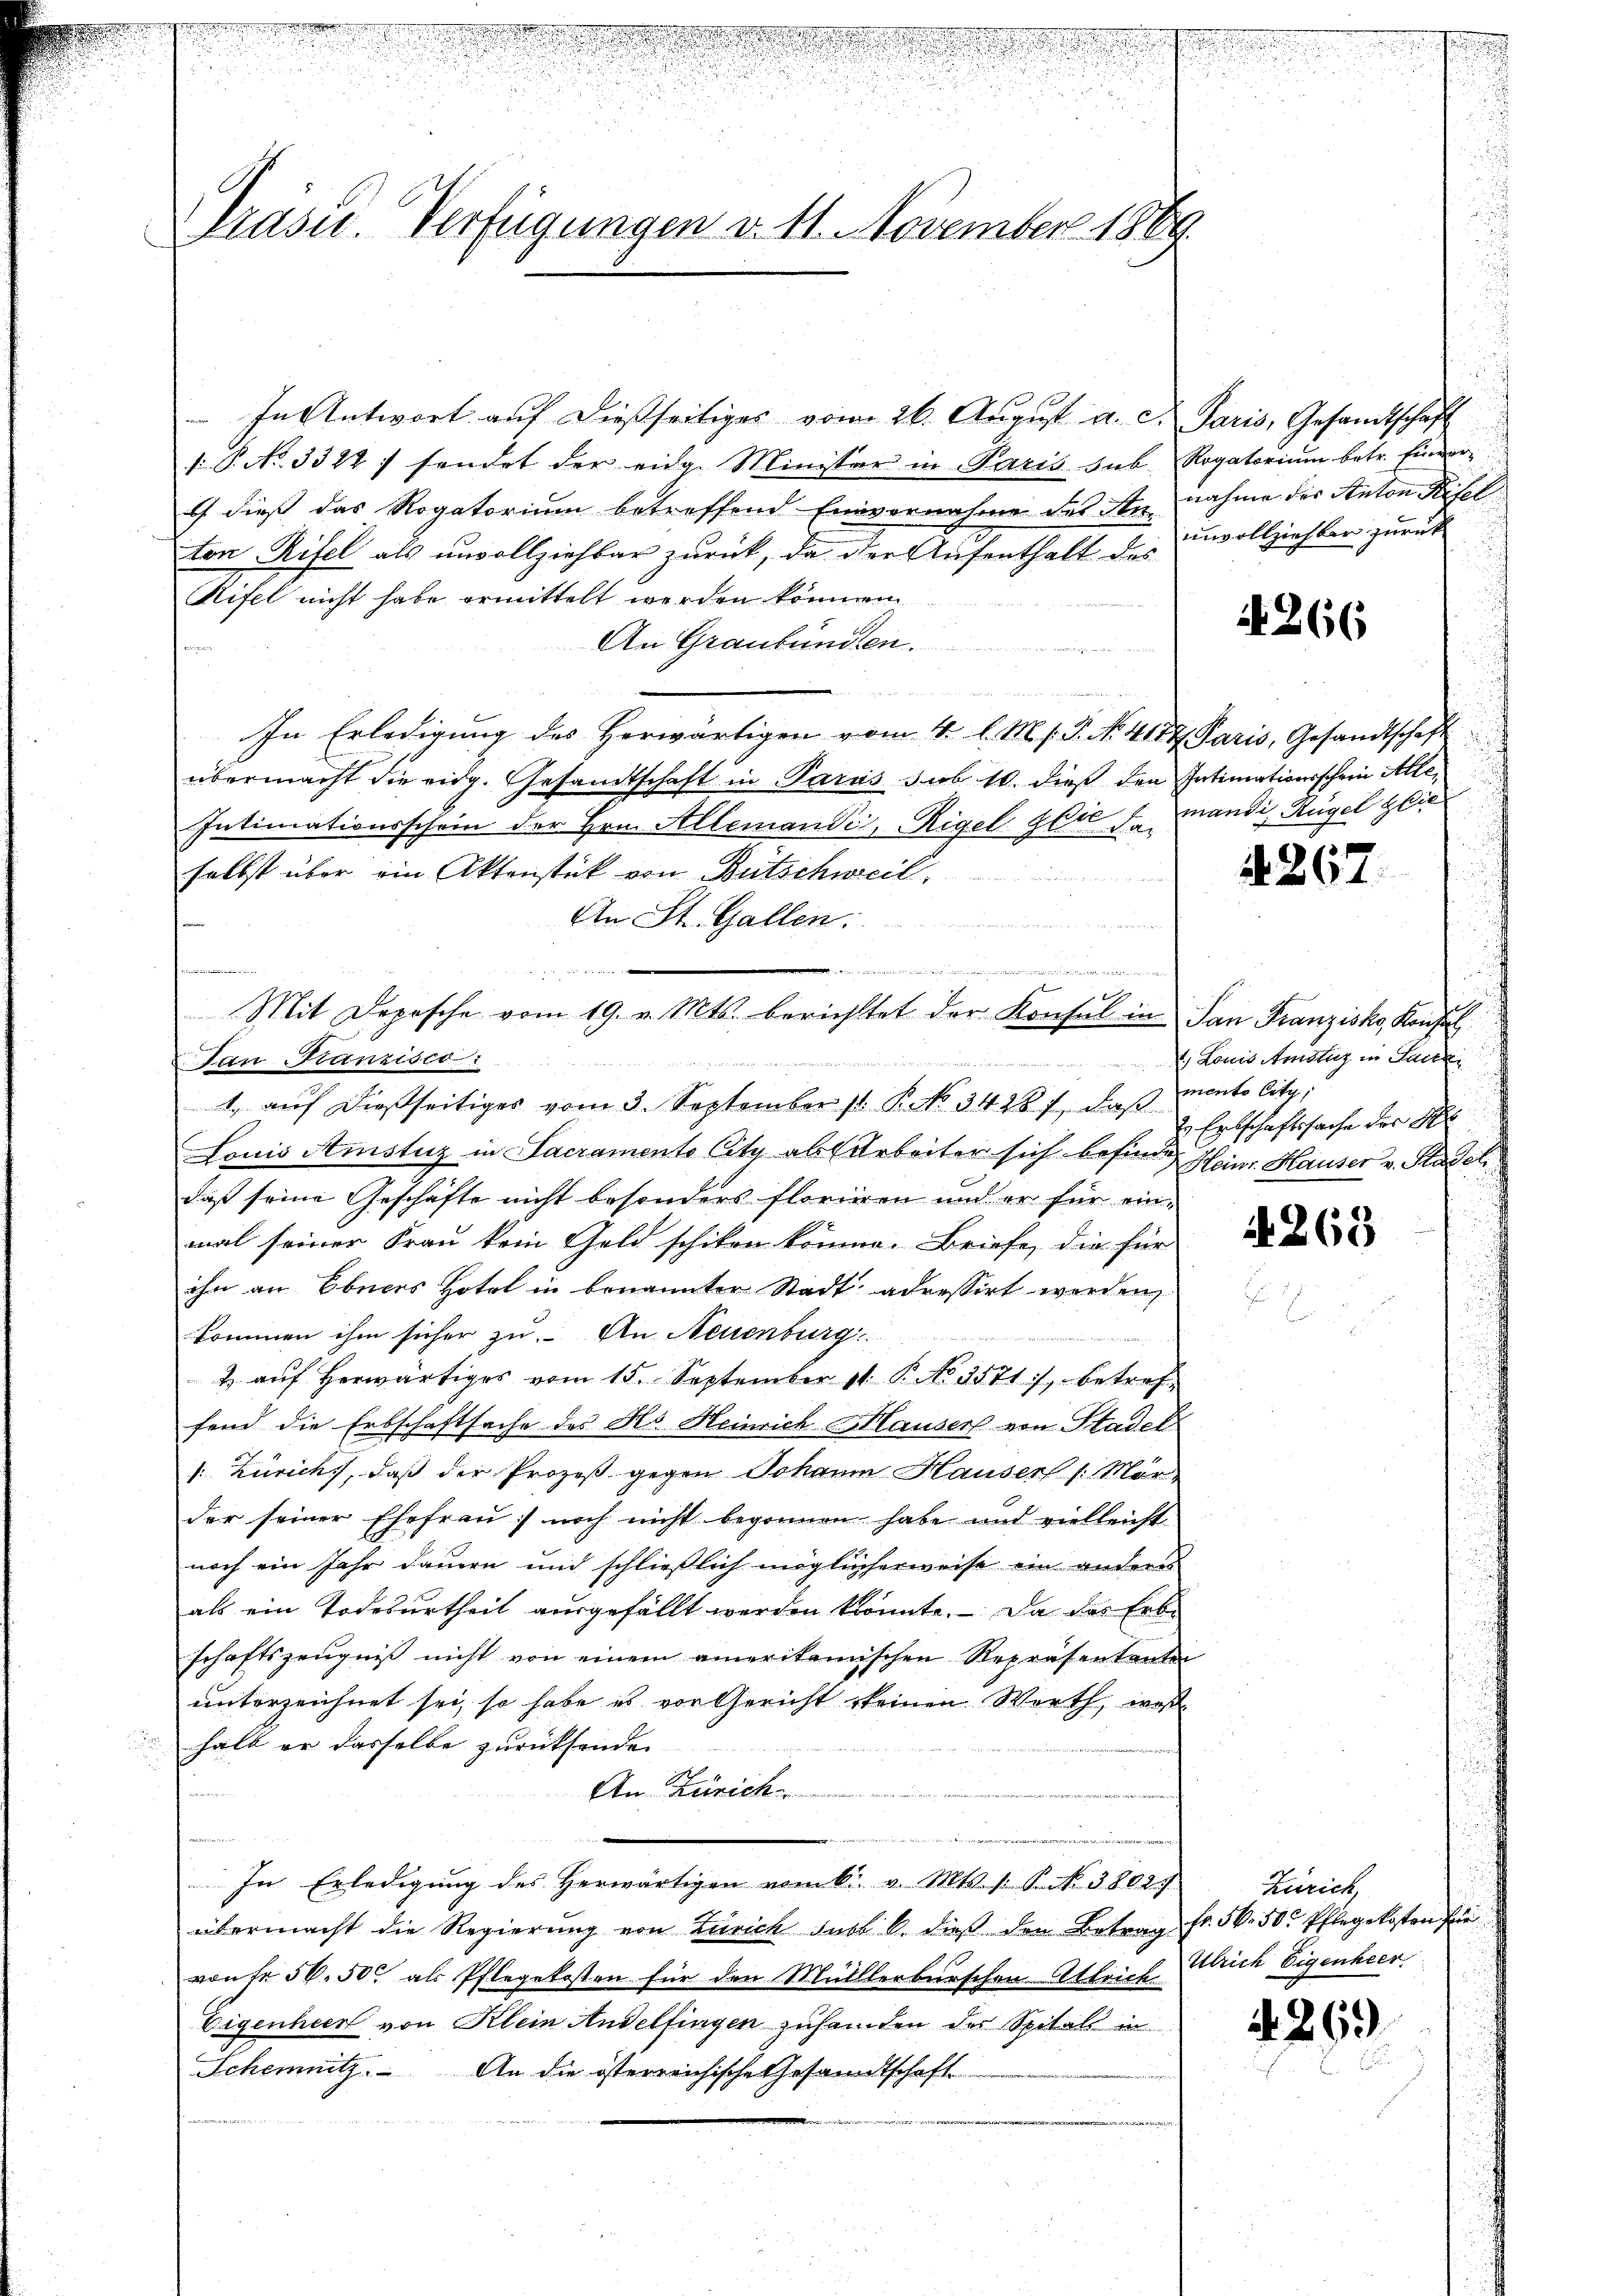
Präsid. Verfügungen v. 11. November 1889.

In Antwort auf dießseitiges vom 26. August a. c. Paris, Gesamtschaft
1 P. No. 3322; sendet der eidg. Minister in Paris sub Rogatorium betr. Einverc dieß das Rogatorium betreffend Einvernahme des Annahme des Anton Kisel
ton Rifel als unvollziehbar zurück, da der Aufenthalt des unvollziehbar zurück
Rifel nicht habe ermittelt werden können
An Graubünden.
det siche Berechen den an den ein
In Erledigung des Herwärtigen vom 4. l. M. s. P. N. 4187 Paris, Gesandtschaft
übermacht die eidg. Gesandtschaft in Parus sub 10. dieß den Intimationsschrei Alle,
Intimationsschein der Hrn. Allemandi, Rigel. Die mandi, Rügel Glie
selbst über ein Aktenstück von Bütschweil,
An St. Gallen:
a
K
San Franzisco
1. auf dießseitiges vom 3. September st. P. No. 34287, daß
Louis Amstuz in Sacramente City ab Arbeiter sich befinde Heinr. Hauser v. Stadel
daß seine Geschäfte nicht besonders florieren und er für einmal seiner Frau kein Geld schiken könne. Briefe, die für
ihn an Ebenes Hotel in benannter Stadt adressirt werden,
kommen ihm sicher zu. An Neuenburg
& aŭf herwärtiges vom 15. September 18 P. No 3571), betreffend die Erbschaftsache des Hs. Heinrich Hausers von Stadel
v. Zürich, daß der Prozeß gegen Johann Hausers /: Mörder seiner Ehefrau) noch nicht begonnen habe und vielleicht
noch ein Jahr dauern und schließlich möglicherweise ein anderes
als ein Todesurtheil ausgefällt werden konnte. Da das Erbschaftszeugniß nicht von einem amerikanischen Repräsentanten
unterzeichnet sei, so habe es vor Gericht keinen Werth, was
halb er dasselbe zurücksenden
 12
An Zürich
In Erledigung des herwärtigen vom 6. v. Mts. s. S. Nr. 38029
übermacht die Regierŭng von Zürich sub b. dieβ den Betrag fr. 56. 50. Pflegekosten für
von fr. 56. 500 als Pflegekosten für den Müllerburschen Attrich Ulrich Eigenheer
Eigenhier von Klein Andelfingen zusamden der Spitals in
Schemnitz. An die österreichische Gesandtschaft

n
124
Mit Depesche vom 19. v. Mts. berichtet der Konsul in San Franzisko, Konfel

A 266

§ 267

Louis Amstuz in Sacra
mento City,
2. Entschaftssache der A

1263

Zürich,

4269